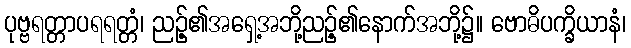
ပုဗ္ဗရတ္တာပရရတ္တံ၊ ညဉ့်၏အရှေ့အဘို့ညဉ့်၏နောက်အဘို့၌။ ဗောဓိပက္ခိယာနံ၊